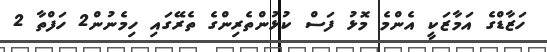
ހަޒާޑްގެ އަމާޒަކީ އެންމެ މޮޅު ފަސް ކުޅުންތެރިންގެ ތެރޭގައި ހިމެނުން2 ހަފްތާ 2